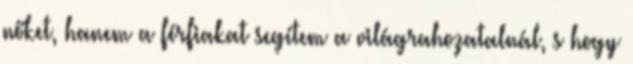
nőket, hanem a férfiakat segítem a világrahozatalnál, s hogy